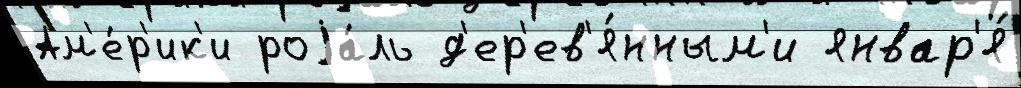
Ам'е́р'ик'и роjа́ль д'ер'ев'я́нным'и январ'я́